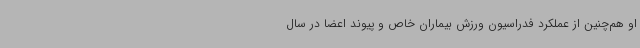
او هم‌چنین از عملکرد فدراسیون ورزش بیماران خاص و پیوند اعضا در سال